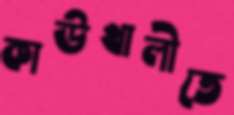
কাউখালীতে